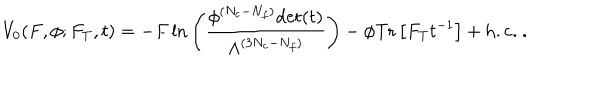
LaTeX: V _ { 0 } ( F , \phi ; F _ { T } , t ) = - F \, \mathrm { l n } \left( \frac { \phi ^ { ( N _ { c } - N _ { f } ) } \mathrm { d e t } ( t ) } { \Lambda ^ { ( 3 N _ { c } - N _ { f } ) } } \right) - \phi \mathrm { T r } \left[ F _ { T } t ^ { - 1 } \right] + \mathrm { h . c . } \ .